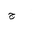
Letter: _gim